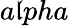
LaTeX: a\mathfrak{l}pha